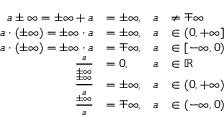
{ \begin{array} { r l r l } { a \pm \infty = \pm \infty + a } & { = \pm \infty , } & { a } & { \neq \mp \infty } \\ { a \cdot ( \pm \infty ) = \pm \infty \cdot a } & { = \pm \infty , } & { a } & { \in ( 0 , + \infty ] } \\ { a \cdot ( \pm \infty ) = \pm \infty \cdot a } & { = \mp \infty , } & { a } & { \in [ - \infty , 0 ) } \\ { { \frac { a } { \pm \infty } } } & { = 0 , } & { a } & { \in \mathbb { R } } \\ { { \frac { \pm \infty } { a } } } & { = \pm \infty , } & { a } & { \in ( 0 , + \infty ) } \\ { { \frac { \pm \infty } { a } } } & { = \mp \infty , } & { a } & { \in ( - \infty , 0 ) } \end{array} }